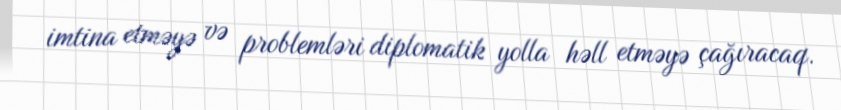
imtina etməyə və problemləri diplomatik yolla həll etməyə çağıracaq.